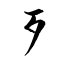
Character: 歹